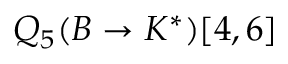
Q _ { 5 } ( B \to K ^ { * } ) [ 4 , 6 ]